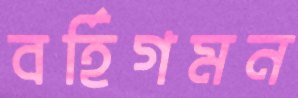
বর্হিগমন